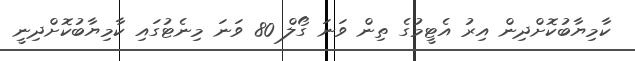
ކާމިޔާބުކޮށްދިން އިރު އެޓީމުގެ ތިން ވަނަ ގޯލް 80 ވަނަ މިނެޓުގައި ކާމިޔާބުކޮށްދިނީ